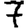
Digit: 7